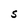
Character: S